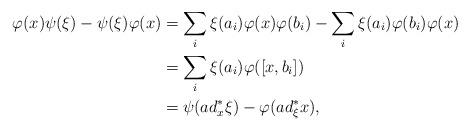
LaTeX: \begin{align*}\varphi(x)\psi(\xi)-\psi(\xi)\varphi(x)&=\sum_i \xi(a_i)\varphi(x)\varphi(b_i)- \sum_i \xi(a_i)\varphi(b_i)\varphi(x)\\&=\sum_i \xi(a_i)\varphi([x,b_i])\\&=\psi(ad^\ast_x\xi)-\varphi(ad^\ast_\xi x),\end{align*}